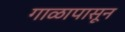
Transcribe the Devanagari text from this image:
गाळापासून